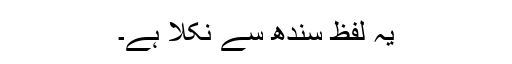
یہ لفظ سندھ سے نکلا ہے۔